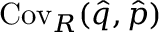
\operatorname { C o v } _ { R } ( \hat { q } , \hat { p } )